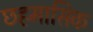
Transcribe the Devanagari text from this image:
छहमासिक